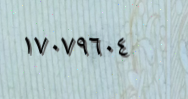
١٧٠٧٩٦٠٤